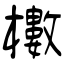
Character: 櫢